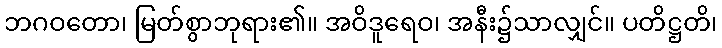
ဘဂဝတော၊ မြတ်စွာဘုရား၏။ အဝိဒူရေဝ၊ အနီး၌သာလျှင်။ ပတိဋ္ဌတိ၊